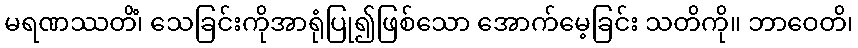
မရဏဿတိံ၊ သေခြင်းကိုအာရုံပြု၍ဖြစ်သော အောက်မေ့ခြင်း သတိကို။ ဘာဝေတိ၊